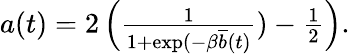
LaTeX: \begin{array}{r}{a(t)=2\left(\frac{1}{1+\exp(-\beta\overline{{b}}(t)})-\frac{1}{2}\right).}\end{array}